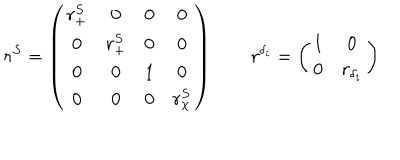
r ^ { S } = \left( \begin{array} { c c c c } { { r _ { + } ^ { S } } } & { { 0 } } & { { 0 } } & { { 0 } } \\ { { 0 } } & { { r _ { + } ^ { S } } } & { { 0 } } & { { 0 } } \\ { { 0 } } & { { 0 } } & { { 1 } } & { { 0 } } \\ { { 0 } } & { { 0 } } & { { 0 } } & { { r _ { \chi } ^ { S } } } \\ \end{array} \right) \qquad r ^ { \delta _ { i } } = \left( \begin{array} { c c } { { 1 } } & { { 0 } } \\ { { 0 } } & { { r _ { \delta _ { i } } } } \\ \end{array} \right)